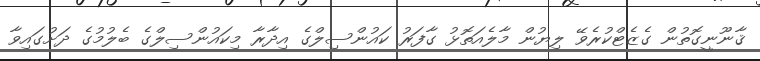
ޤާނޫނީގޮތުން ގެޒެޓްކުރެވޭ ލިޔުން މާލެއަތޮޅު ގާފަރު ކައުންސިލްގެ އިދާރާ މިކައުންސިލްގެ ބެލުމުގެ ދަށުގައިވާ